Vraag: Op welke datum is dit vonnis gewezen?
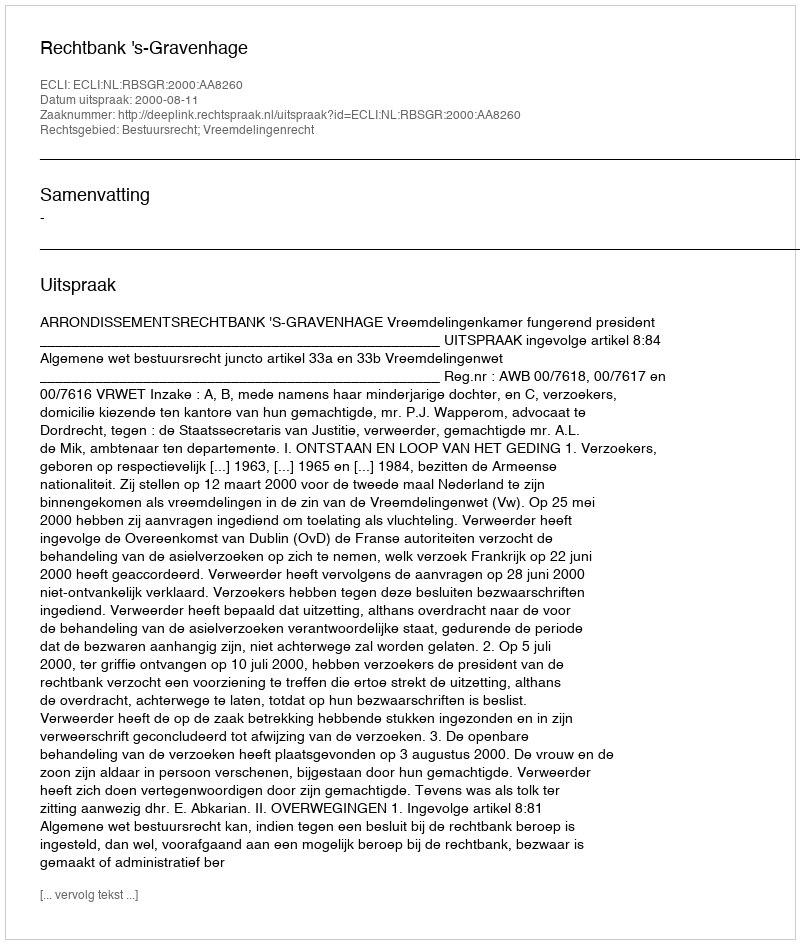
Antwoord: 2000-08-11